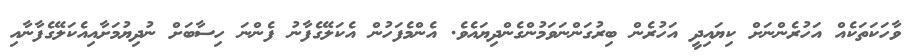
ވާހަކަތަކެއް އަހުރެންނަށް ކިޔައިދީ އަހުރެން ބިރުގަންނަވަމުންގެންދިޔައެވެ. އެންމެފަހުން އެކަލޭގެފާނު ފެންނަ ހިސާބަށް ނުދިޔުމަށާއިއެކަލޭގެފާނާއި